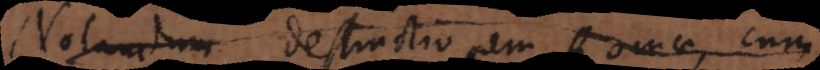
Notandum destructionem Romae, cum